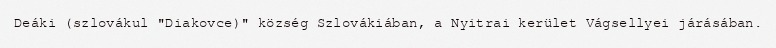
Deáki (szlovákul "Diakovce)" község Szlovákiában, a Nyitrai kerület Vágsellyei járásában.